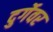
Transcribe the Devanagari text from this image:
दुर्गेवर